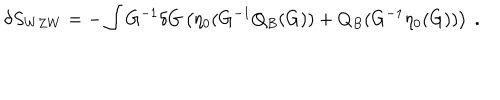
\delta S _ { W Z W } = - \int G ^ { - 1 } \delta G \left( \eta _ { 0 } ( G ^ { - 1 } Q _ { B } ( G ) ) + Q _ { B } ( G ^ { - 1 } \eta _ { 0 } ( G ) ) \right) \ .